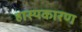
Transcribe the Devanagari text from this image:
हास्यकारण